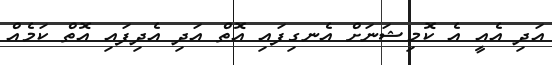
އަދި އެއީ އެ ކޮމިޝަނަށް އެނގިފައި އޮތް އަދި އެދިފައި އޮތް ކަމެއް